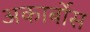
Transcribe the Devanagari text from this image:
अकार्बोस